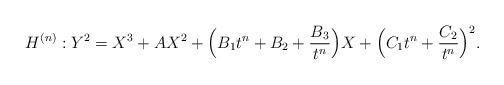
LaTeX: \begin{align*}H^{(n)}: Y^{2} = X^{3} + A X^{2} + \Bigl(B_{1} t^{n} + B_{2} + \frac{B_{3}}{t^{n}}\Bigr)X+\Bigl(C_{1} t^{n} + \frac{C_{2}}{t^{n}}\Bigr)^{2}.\end{align*}